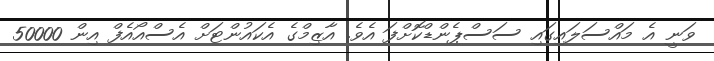
ވަނީ އެ މައްސަލައިގައި ސަސްޕެންޑްކޮށްފަ އެވެ. އާޒިމްގެ އެކައުންޓަށް އެސްއޯއެފް އިން 50000